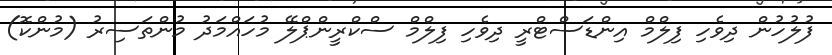
ފުލުހުން ދިވެހި ފިލްމް އިންޑަސްޓްރީ ދިވެހި ފިލްމް ސްކްރީންޕްލޭ މުހައްމަދު މުންތަސިރު (މުންކޮ)